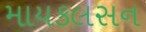
માયકલસન